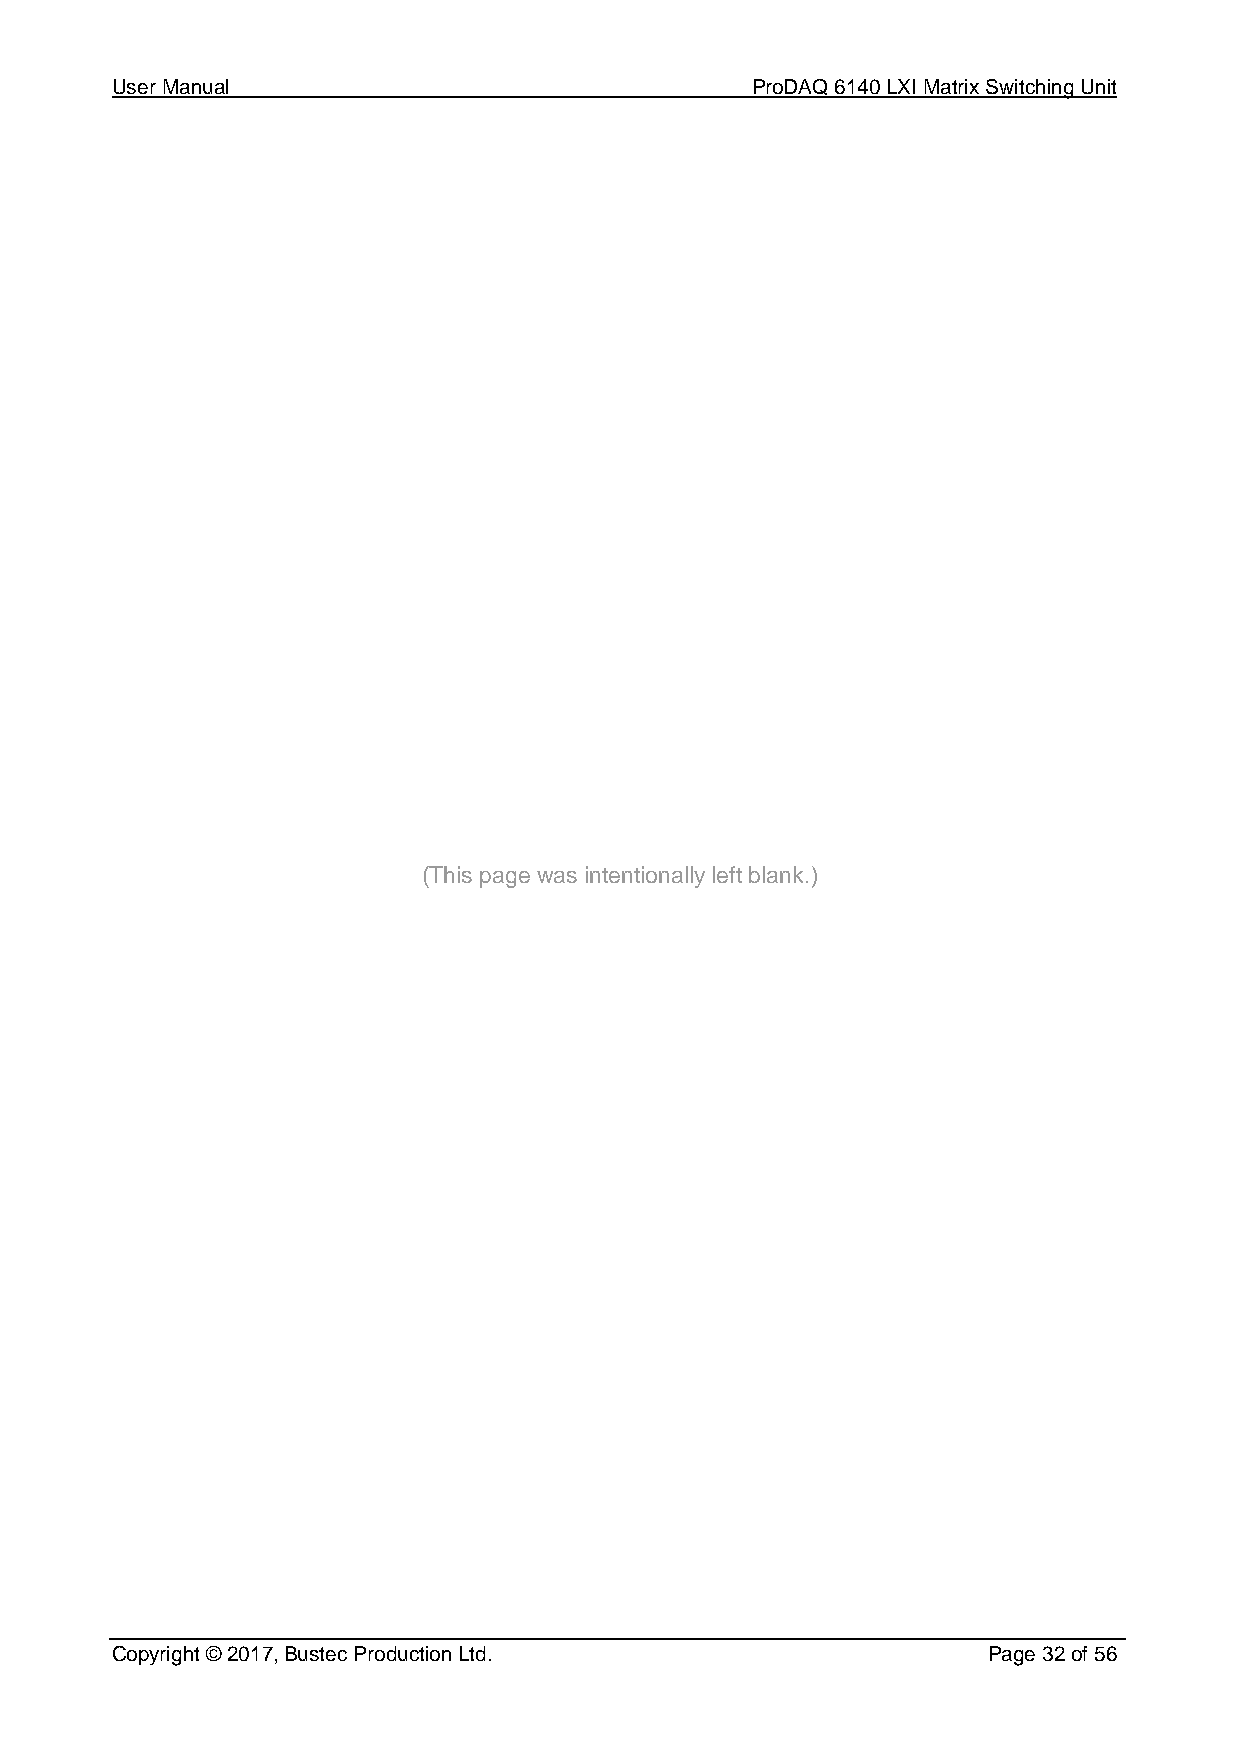
User Manual                                ProDAQ 6140 LXI Matrix Switching Unit
 (This page was intentionally left blank.)
 Copyright © 2017, Bustec Production Ltd.                  Page 32 of 56